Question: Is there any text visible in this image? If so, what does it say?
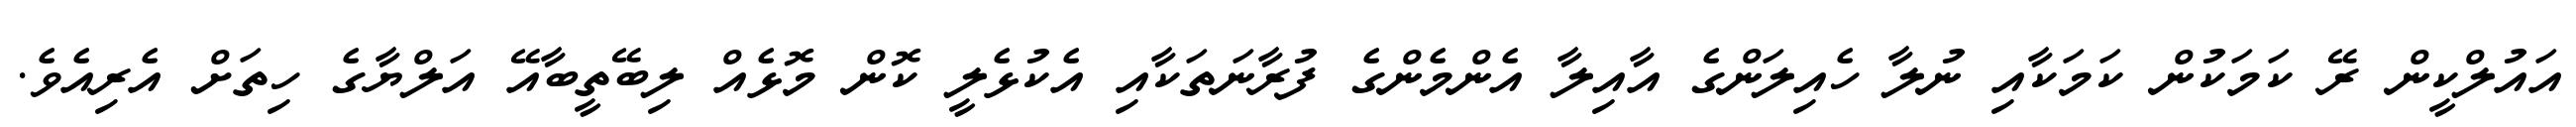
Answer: އައުލްކީން ރޭ ކަމަކުން ކަމަކާއި ނުލާ ހެއިލަންގެ އާއިލާ އެންމެންގެ ފުރާނަތަކާއި އެކުޅެލީ ކޮން މޮޅެއް ލިބޭތީބާއޭ އަލްޔާގެ ހިތަށް އެރިއެވެ.